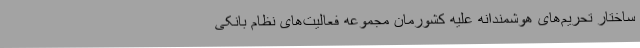
ساختار تحریم‌های هوشمندانه علیه کشورمان مجموعه فعالیت‌های نظام بانکی